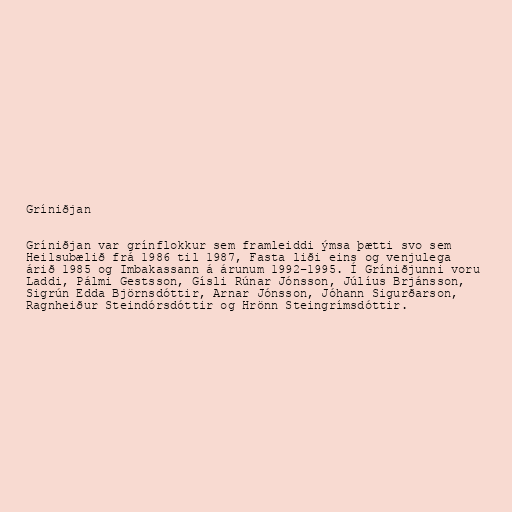
Gríniðjan

Gríniðjan var grínflokkur sem framleiddi ýmsa þætti svo sem
Heilsubælið frá 1986 til 1987, Fasta liði eins og venjulega
árið 1985 og Imbakassann á árunum 1992–1995. Í Gríniðjunni voru
Laddi, Pálmi Gestsson, Gísli Rúnar Jónsson, Júlíus Brjánsson,
Sigrún Edda Björnsdóttir, Arnar Jónsson, Jóhann Sigurðarson,
Ragnheiður Steindórsdóttir og Hrönn Steingrímsdóttir.